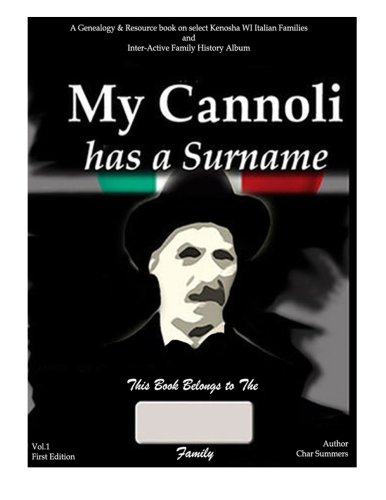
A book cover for My Cannoli Has A Surname: A Genealogy Resource Picture Book  for My Kenosha WI Italian Families and Inter-active Family History Album (Gallo & Cerminara Branches) (Volume 1); Ms Charlene M Summers; Parenting & Relationships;